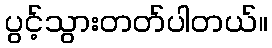
ပွင့်သွားတတ်ပါတယ်။